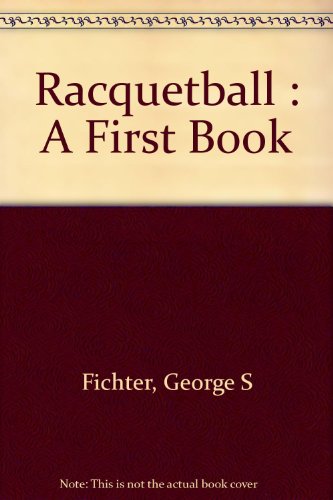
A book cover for Racquetball (A First book); George S Fichter; Sports & Outdoors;